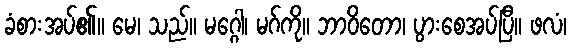
ခံစားအပ်၏။ မေ၊ သည်။ မဂ္ဂေါ၊ မဂ်ကို။ ဘာဝိတော၊ ပွားစေအပ်ပြီ။ ဖလံ၊